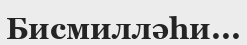
Бисмилләһи...